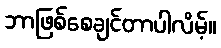
ဘာဖြစ်စေချင်တာပါလိမ့်။